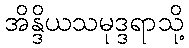
အိန္ဒိယသမုဒ္ဒရာသို့